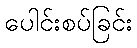
ပေါင်းစပ်ခြင်း